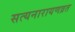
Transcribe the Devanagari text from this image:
सत्यनारायणव्रत